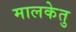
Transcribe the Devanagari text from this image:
मालकेतु